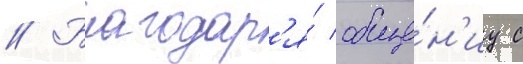
// Благодар'я́ обще́н'иу с